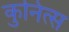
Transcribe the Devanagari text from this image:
कुनित्स